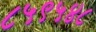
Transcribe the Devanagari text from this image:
८५९५४८